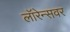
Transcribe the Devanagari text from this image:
लॉरेन्सवर